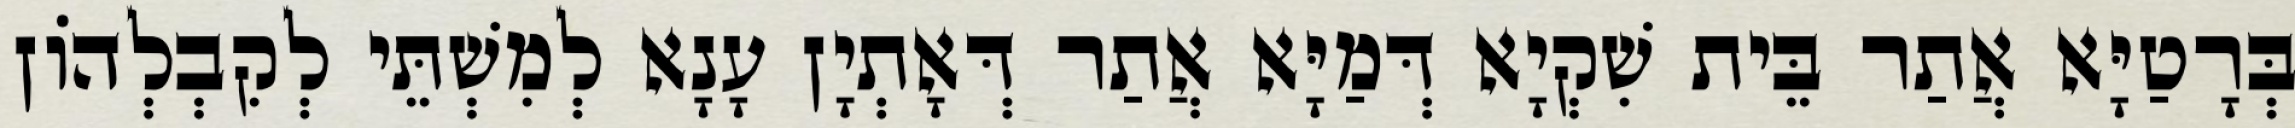
בְּרָטַיָּא אֲתַר בֵּית שִׁקְיָא דְּמַיָּא אֲתַר דְּאָתְיָן עָנָא לְמִשְׁתֵּי לְקִבְלְהוֹן